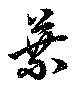
葉